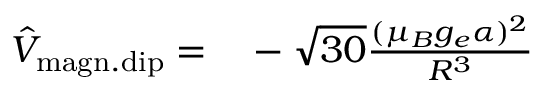
\begin{array} { r l } { \hat { V } _ { \mathrm { m a g n . d i p } } = } & { { } - \sqrt { 3 0 } \frac { ( \mu _ { B } g _ { e } \alpha ) ^ { 2 } } { R ^ { 3 } } } \end{array}